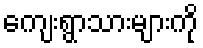
ကျေးရွာသားများကို